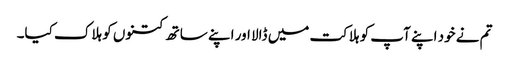
تم نے خود اپنے آپ کو ہلاکت میں ڈالا اور اپنے ساتھ کتنوں کو ہلاک کیا۔